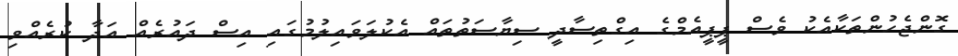
ގޮންޖެހުންތަކާއެކު ވެސް ޕީޕީއެމްގެ އިގްތިސާދީ ސިޔާސަތުތައް އެކުލަވައިލުމުގައި އިސް ދައުރެއް އަދާ ކުރެއްވި